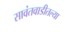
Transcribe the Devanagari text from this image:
सावंतवाडीतल्या